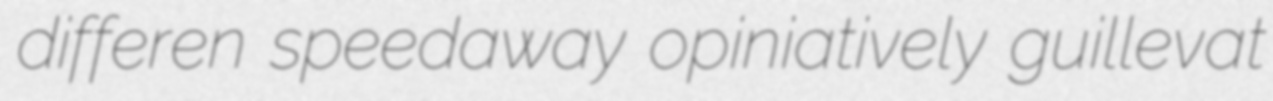
differen speedaway opiniatively guillevat